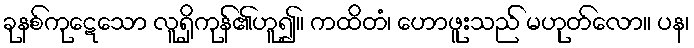
ခုနစ်ကုဋေသော လူရှိကုန်၏ဟူ၍။ ကထိတံ၊ ဟောဖူးသည် မဟုတ်လော။ ပန၊